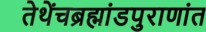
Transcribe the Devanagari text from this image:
तेथेंचब्रह्मांडपुराणांत